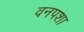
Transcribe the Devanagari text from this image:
वनपशा